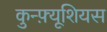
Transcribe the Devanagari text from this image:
कुन्फ़्यूशियस